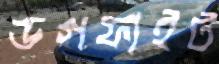
ডগফাইট